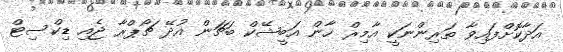
އަދާކޮށްފައިވާ ތަރިންނަކީ އާމިރް ހާން އަބީޝޭކް ބަޗަން އުދޭ ޗޯޕްރާ ޖެއި ޑިކްސިޓް